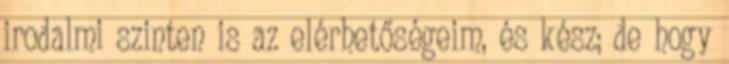
irodalmi szinten is az elérhetőségeim, és kész; de hogy